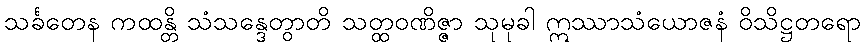
သင်္ခတေန ကထန္တိ သံသန္ဒေတွာတိ သတ္ထဝဏိဇ္ဇာ သုမုခါ ဣဿာသံယောဇနံ ဝိသိဋ္ဌတရော